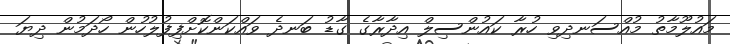
މައުލޫމާތު މުއްސަނދިވި ހުރާ ކައުންސިލް އިދާރާގެ ގާޑު ބަނދެ ވައްކަންކޮށްފިފުލުހުން ހޯދަމުން ދިޔަ